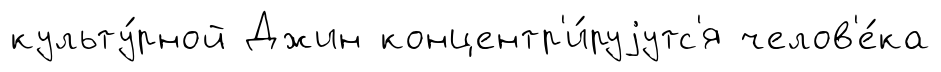
культу́рной Джин концентр'и́руjутс'я челов'е́ка